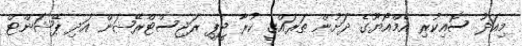
މިއަދު ސޮއިކުރި އެމްއޯޔޫގެ ދަށުން ތަރައްގީ ކުރާ ޖީޕީ ރަޖިސްޓްރޭޝަން އަދި ޕޭޝަންޓް